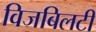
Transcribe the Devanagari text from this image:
विजबिलटी